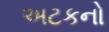
અટકનો